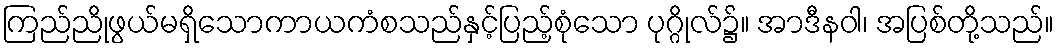
ကြည်ညိုဖွယ်မရှိသောကာယကံစသည်နှင့်ပြည့်စုံသော ပုဂ္ဂိုလ်၌။ အာဒီနဝါ၊ အပြစ်တို့သည်။